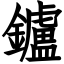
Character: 鑪